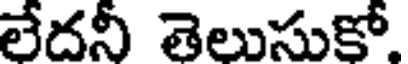
లేదనీ తెలుసుకో.